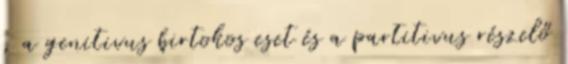
, a genitivus birtokos eset és a partitivus részelő